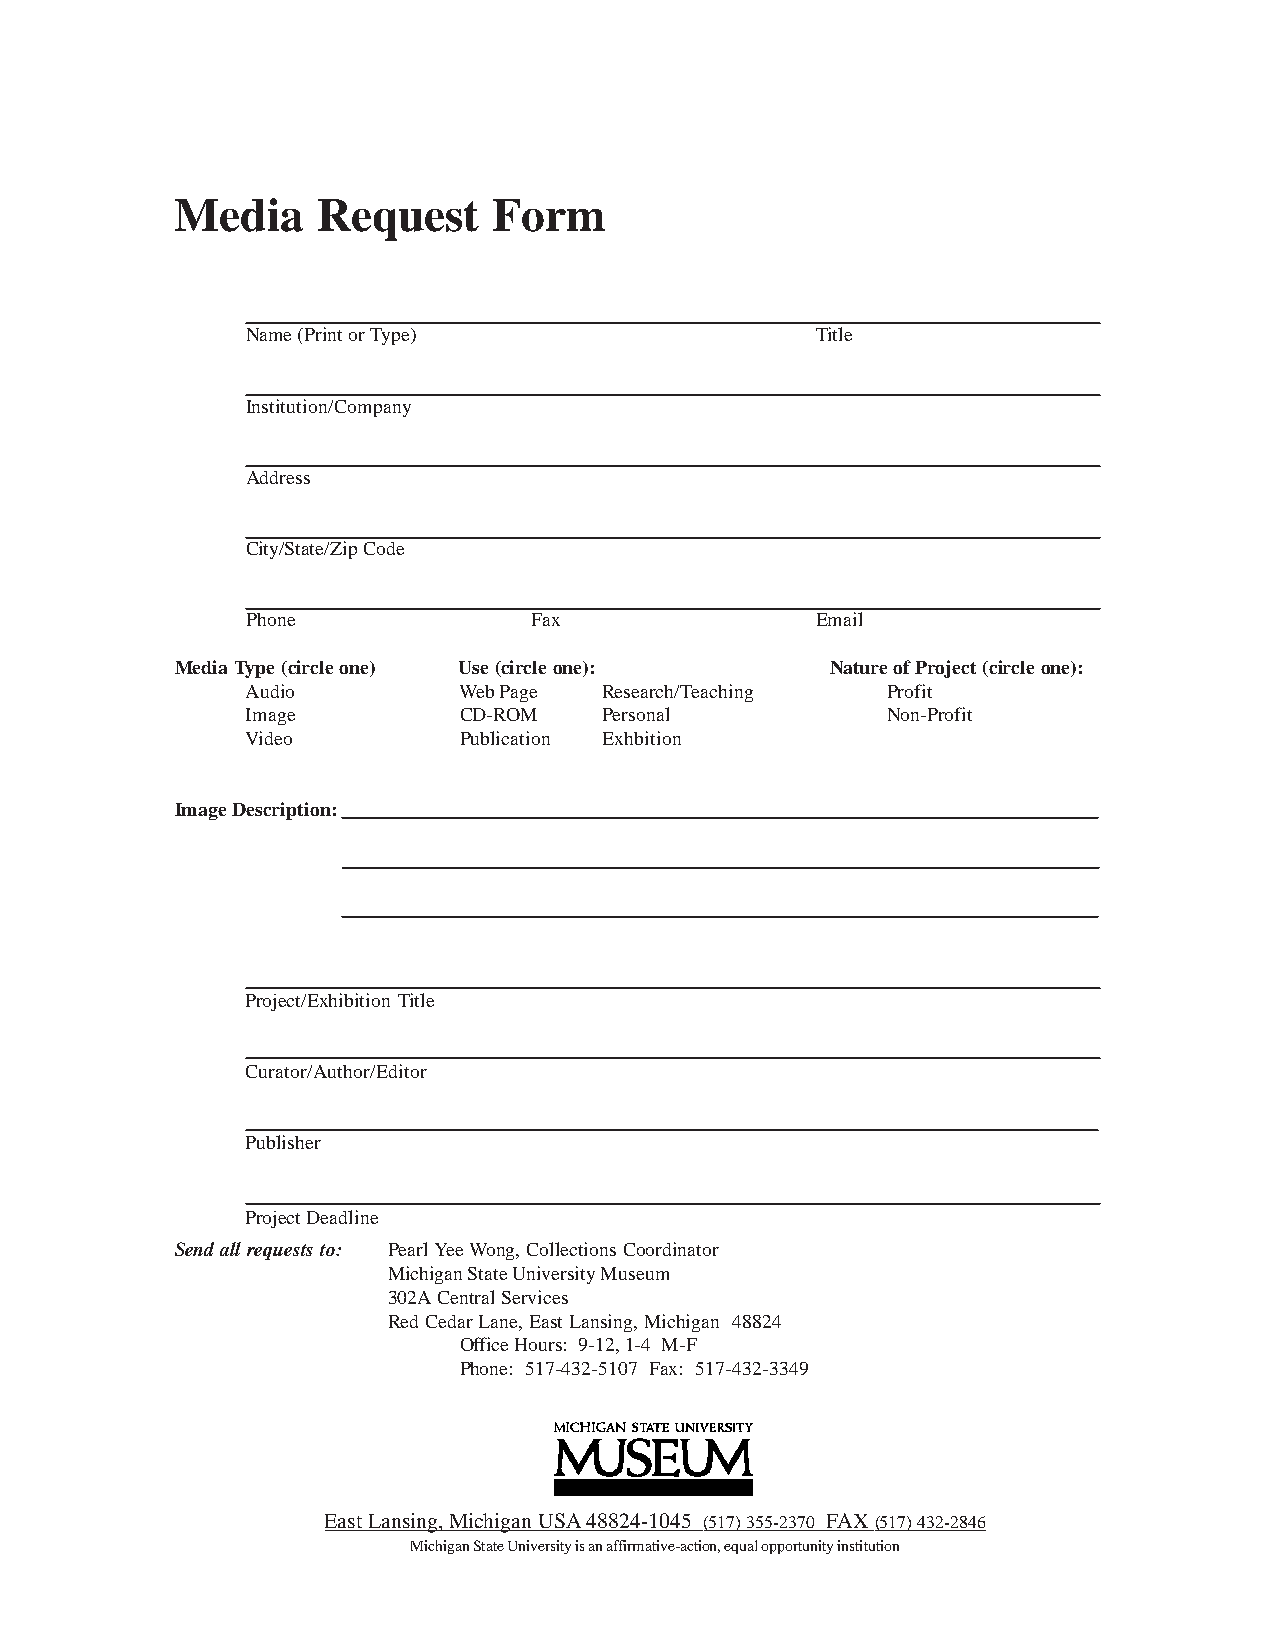
Media    Request     Form
 Name (Print or Type)                  Title
 Institution/Company
 Address
 City/State/Zip Code
 Phone              Fax                Email
 Media Type (circle one) Use (circle one):  Nature of Project (circle one):
 Audio         Web Page  Research/Teaching  Profit
 Image         CD-ROM    Personal           Non-Profit
 Video         Publication Exhbition
 Image Description:
 Project/Exhibition Title
 Curator/Author/Editor
 Publisher
 Project Deadline
 Send all requests to: Pearl Yee Wong, Collections Coordinator
 Michigan State University Museum
 302A Central Services
 Red Cedar Lane, East Lansing, Michigan 48824
 Office Hours: 9-12, 1-4 M-F
 Phone: 517-432-5107 Fax: 517-432-3349
 East Lansing, Michigan USA 48824-1045 (517) 355-2370 FAX (517) 432-2846
 Michigan State University is an affirmative-action, equal opportunity institution